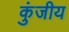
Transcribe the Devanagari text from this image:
कुंजीय